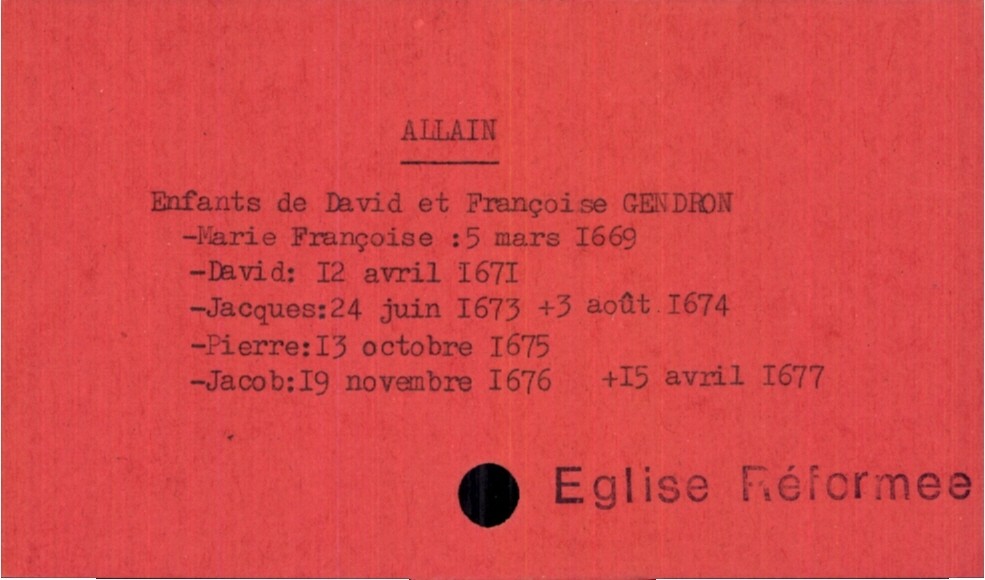
type_acte: Baptême
observations: Eglise Réformee
filiation: fils
enfant_prénom: Jacob
enfant_date_de_naissance: 19 novembre 1676
enfant_date_de_décès: 15 avril 1677
père_enfant_nom: Allain
père_enfant_prénom: David
mère_enfant_nom: Gendron
mère_enfant_prénom: Françoise